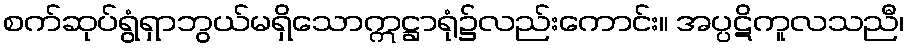
စက်ဆုပ်ရွံရှာဘွယ်မရှိသောဣဋ္ဌာရုံ၌လည်းကောင်း။ အပ္ပဋိကူလသညီ၊